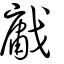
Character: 𢧳